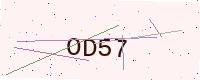
Text: OD57